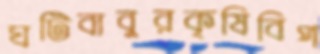
ঘটিবাবুরকৃষিবিপ